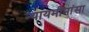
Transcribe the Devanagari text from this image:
न्यायमीमांसा